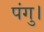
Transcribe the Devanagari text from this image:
पंगु।